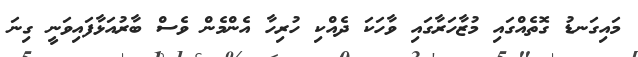
މައިގަނޑު ގޮތެއްގައި މުޒާހަރާގައި ވާހަކަ ދެއްކި ހުރިހާ އެންމެން ވެސް ބާރުއަޅާފައިވަނީ ގިނަ